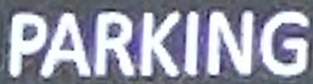
PARKING